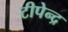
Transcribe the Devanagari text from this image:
टीपेन्द्र